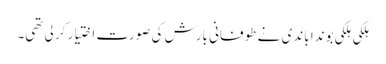
ہلکی ہلکی بوندا باندی نے طوفانی بارش کی صورت اختیار کر لی تھی۔